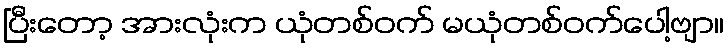
ပြီးတော့ အားလုံးက ယုံတစ်ဝက် မယုံတစ်ဝက်ပေါ့ဗျာ။